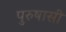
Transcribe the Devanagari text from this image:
पुरुषासी